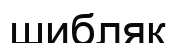
шибляк